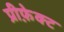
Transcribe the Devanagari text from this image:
प्रीफ़ेक्ट